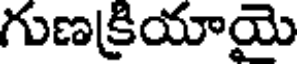
గుణక్రియాయె